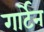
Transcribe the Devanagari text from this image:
गार्टेन